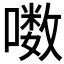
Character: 𪢒